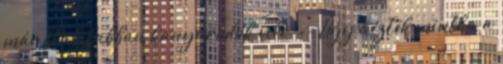
már stabilabban kanyarodok vele. -- Úgy nézték mintha a